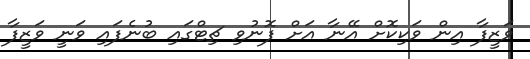
ވަޒީފާ އިން ވަކިކޮށް އޭނާ އަށް ފޮނުވި ޗިޓްގައި ބުނެފައި ވަނީ ވަޒީފާ